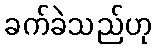
ခက်ခဲသည်ဟု